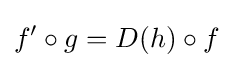
f'\circ g=D(h)\circ f